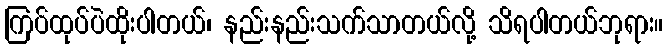
ကြပ်ထုပ်ပဲထိုးပါတယ်၊ နည်းနည်းသက်သာတယ်လို့ သိရပါတယ်ဘုရား။